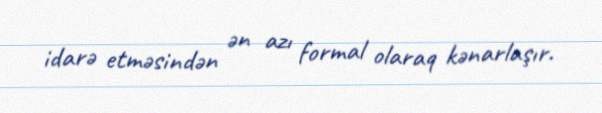
idarə etməsindən ən azı formal olaraq kənarlaşır.